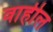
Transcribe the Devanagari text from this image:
वाहील